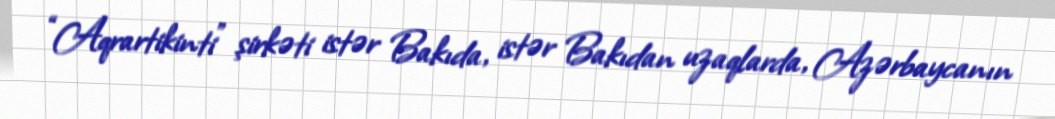
“Aqrartikinti” şirkəti istər Bakıda, istər Bakıdan uzaqlarda, Azərbaycanın